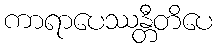
ကာရာပေဿန္တီတိပေ